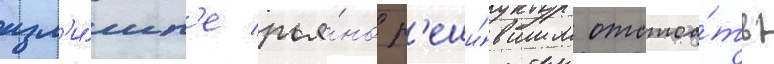
изл'и́шн'е рья́но р'еши́вшим отстоа́ть